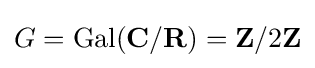
G=\operatorname {Gal} (\mathbf {C} /\mathbf {R} )=\mathbf {Z} /2\mathbf {Z}